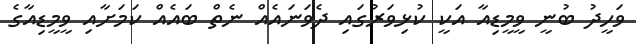
ވަހީދު ބުނީ ވީމީޑިއާ އަކީ ކުޅިވަރުގައި ދެވަނައެއް ނެތް ބައެއް ކަމަށާއި ވީމީޑިއާގެ